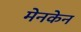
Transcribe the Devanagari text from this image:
मेनकेन